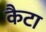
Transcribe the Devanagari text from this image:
कैटा